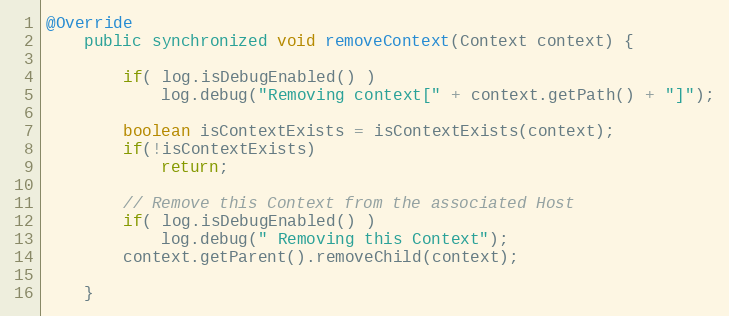
Language: Java
@Override
	public synchronized void removeContext(Context context) {

        if( log.isDebugEnabled() )
            log.debug("Removing context[" + context.getPath() + "]");

        boolean isContextExists = isContextExists(context);
        if(!isContextExists)
        	return;

        // Remove this Context from the associated Host
        if( log.isDebugEnabled() )
            log.debug(" Removing this Context");
        context.getParent().removeChild(context);

    }